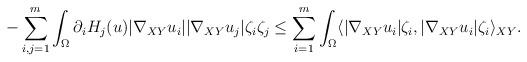
LaTeX: \begin{align*} -\sum_{i,j=1}^{m} \int_{\Omega} \partial_i H_j(u) |\nabla_{XY} u_i| |\nabla_{XY} u_j| \zeta_i \zeta_j \le \sum_{i=1}^{m} \int_{\Omega} \langle |\nabla_{XY} u_i| \zeta_i, |\nabla_{XY} u_i| \zeta_i\rangle_{XY} .\end{align*}